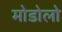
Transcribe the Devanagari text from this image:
मोडोलो